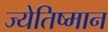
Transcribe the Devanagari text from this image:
ज्येतिष्मान